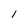
Character: 1